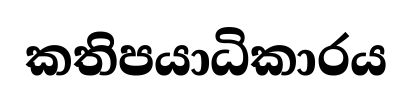
කතිපයාධිකාරය